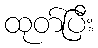
ထုတ်ပြီး